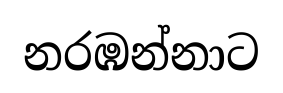
නරඹන්නාට